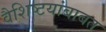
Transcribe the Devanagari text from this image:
वैशिष्टयांबाबत